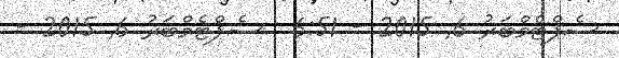
ސެޕްޓެމްބަރު 6